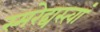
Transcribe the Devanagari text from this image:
स्मरेद्यस्त्वां